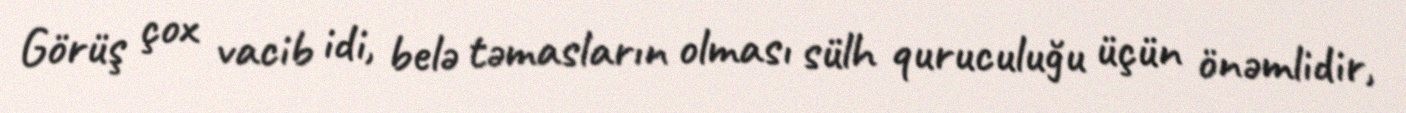
Görüş çox vacib idi, belə təmasların olması sülh quruculuğu üçün önəmlidir,